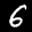
Label: 6